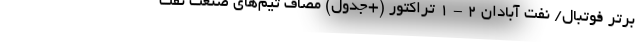
برتر فوتبال/ نفت آبادان 2 - 1 تراکتور (+جدول) مصاف تیم‌های صنعت نفت